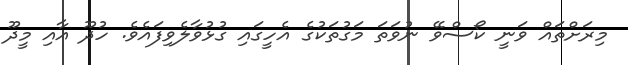
މިރަށްތައް ވަނީ ކޯސްވޭ ނުވަތަ މަގުތަކުގެ އެހީގައި ގުޅުވާލެވިފައެވެ. ހުދޫ އާއި މީދޫ